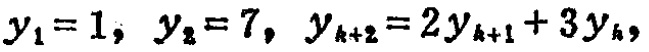
\(y_{1}=1,\ y_{2}=7,\ y_{k + 2}=2y_{k + 1}+3y_{k}\)